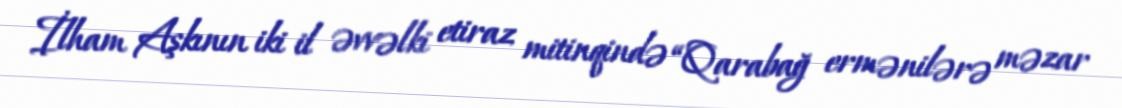
İlham Aşkının iki il əvvəlki etiraz mitinqində “Qarabağ ermənilərə məzar